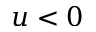
u < 0